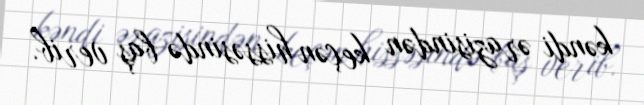
kəndi ərazisindən keçən hissəsində baş verib.